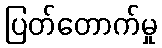
ပြတ်တောက်မှု